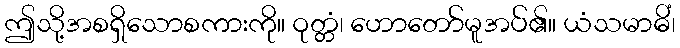
ဤသို့အစရှိသောစကားကို။ ဝုတ္တံ၊ ဟောတော်မူအပ်၏။ ယံသမာဓိံ၊